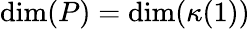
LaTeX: \textup{dim}(P)=\textup{dim}(\kappa(1))